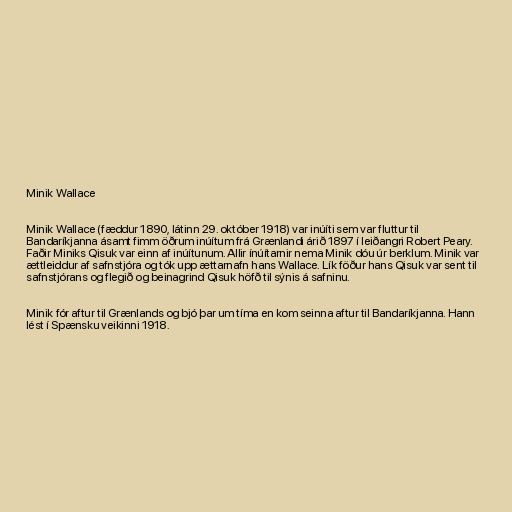
Minik Wallace

Minik Wallace (fæddur 1890, látinn 29. október 1918) var inúíti sem var fluttur til
Bandaríkjanna ásamt fimm öðrum inúítum frá Grænlandi árið 1897 í leiðangri Robert Peary.
Faðir Miniks Qisuk var einn af inúítunum. Allir ínúítarnir nema Minik dóu úr berklum. Minik var
ættleiddur af safnstjóra og tók upp ættarnafn hans Wallace. Lík föður hans Qisuk var sent til
safnstjórans og flegið og beinagrind Qisuk höfð til sýnis á safninu.

Minik fór aftur til Grænlands og bjó þar um tíma en kom seinna aftur til Bandaríkjanna. Hann
lést í Spænsku veikinni 1918.